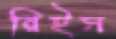
রিইস